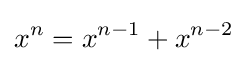
x^{n}=x^{n-1}+x^{n-2}